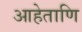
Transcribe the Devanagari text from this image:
आहेताणि